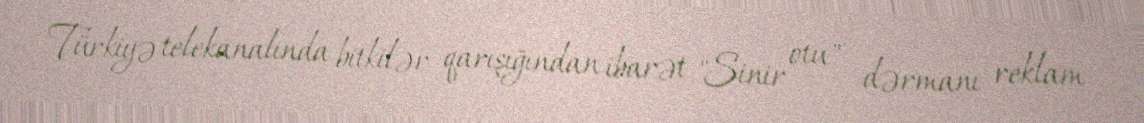
Türkiyə telekanalında bitkilər qarışığından ibarət "Sinir otu" dərmanı reklam